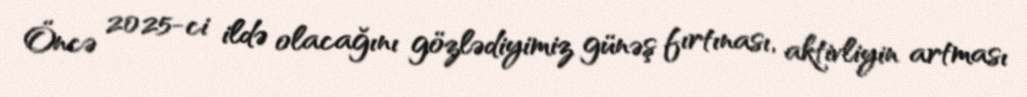
Öncə 2025-ci ildə olacağını gözlədiyimiz günəş fırtınası, aktivliyin artması